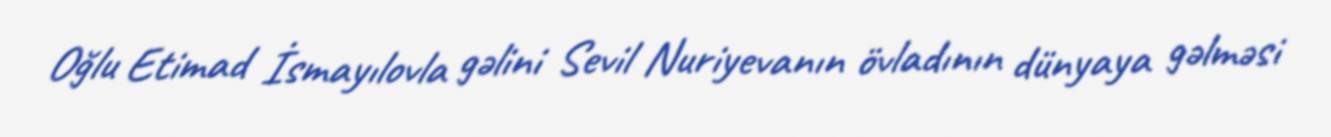
Oğlu Etimad İsmayılovla gəlini Sevil Nuriyevanın övladının dünyaya gəlməsi